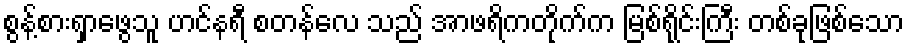
စွန့်စားရှာဖွေသူ ဟင်နရီ စတန်လေ သည် အာဖရိကတိုက်က မြစ်ရိုင်းကြီး တစ်ခုဖြစ်သော